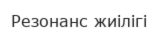
Резонанс жиілігі